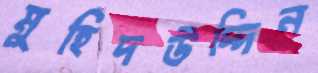
মুহিদউদ্দিন